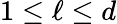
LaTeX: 1\leq\ell\leq d